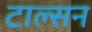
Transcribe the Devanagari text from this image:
टाल्सन